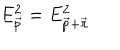
E _ { \vec { p } } ^ { 2 } = E _ { \vec { p } + \vec { \pi } } ^ { 2 }